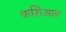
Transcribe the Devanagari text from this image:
फशिअल